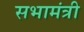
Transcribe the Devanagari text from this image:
सभामंत्री